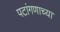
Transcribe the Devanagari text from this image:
पटांगणाच्या